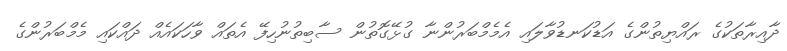
ދާއިރާތަކުގެ ރައްޔިތުންގެ އަޑުކަނޑުވާލައި އެމެމްބަރުންނާ ގުޅޭގޮތުން ސާބިތުނުހިފޭ އެތައް ވާހަކައެއް ދައްކައި މެމްބަރުންގެ